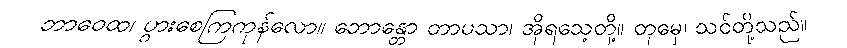
ဘာဝေထ၊ ပွားစေကြကုန်လော။ ဘောန္တော တာပသာ၊ အိုရသေ့တို့။ တုမှေ၊ သင်တို့သည်။